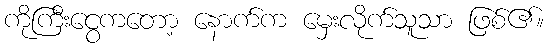
ကိုကြီးငွေကတော့ နောက်က မှေးလိုက်သူသာ ဖြစ်၏။